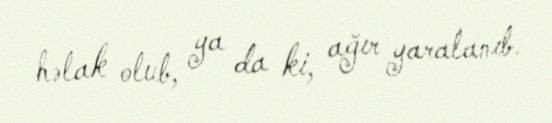
həlak olub, ya da ki, ağır yaralanıb.